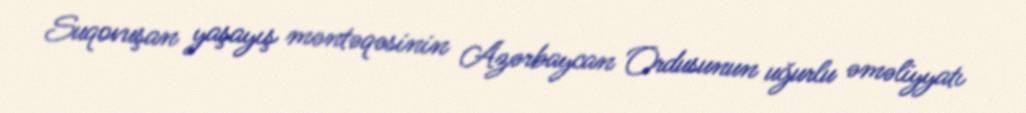
Suqovuşan yaşayış məntəqəsinin Azərbaycan Ordusunun uğurlu əməliyyatı